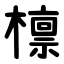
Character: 檩